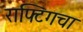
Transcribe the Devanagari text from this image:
राफ्टिंगचा